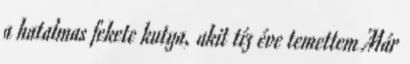
a hatalmas fekete kutya, akit tíz éve temettem Már